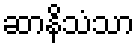
ဆာနိသံသာ